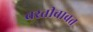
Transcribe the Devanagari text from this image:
वस्तीबाबत